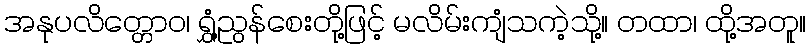
အနုပလိတ္တောဝ၊ ရွှံ့ညွန်စေးတို့ဖြင့် မလိမ်းကျံသကဲ့သို့။ တထာ၊ ထို့အတူ။